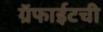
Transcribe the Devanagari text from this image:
ग्रॅफाईटची